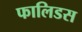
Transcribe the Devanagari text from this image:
फालिडस